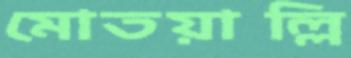
মোতয়াল্লি